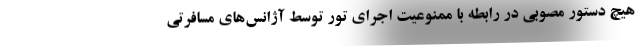
هیچ دستور مصوبی در رابطه با ممنوعیت اجرای تور توسط آژانس‌های مسافرتی